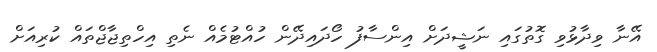
އޭނާ ވިދާޅުވި ގޮތުގައި ނަޝީދަށް އިންސާފު ހޯދައިދޭން ހުއްޓުމެއް ނެތި އިހްތިޖާޖްތައް ކުރިއަށް